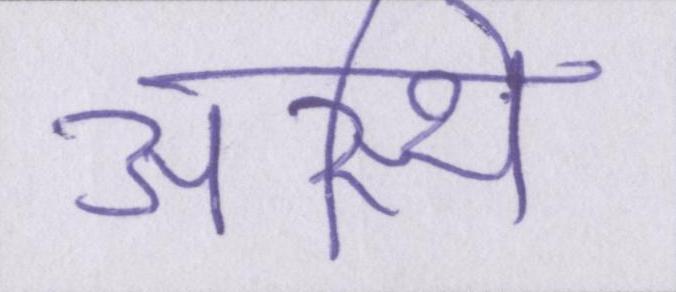
अस्थि